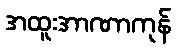
အထူးအာဏာကုန်